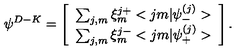
{ \psi } ^ { D - K } = \left[ \begin{array} { c } { \sum _ { j , m } \xi _ { m } ^ { j + } < j m | { \psi } _ { - } ^ { ( j ) } > } \\ { \sum _ { j , m } \xi _ { m } ^ { j - } < j m | { \psi } _ { + } ^ { ( j ) } > } \\ \end{array} \right] .